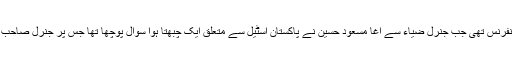
اے پی پی کے چیف رپورٹر عذیر احمد ان کے ساتھ والی نشست پر بیٹھے تھے اور یہی وہ پریس کانفرنس تھی جب جنرل ضیاء سے آغا مسعود حسین نے پاکستان اسٹیل سے متعلق ایک چبھتا ہوا سوال پوچھا تھا جس پر جنرل صاحب نے انھیں مخاطب کرتے ہوئے کہا کہ ’’میں جانتا ہوں تمہارے دماغ میں کون سا کیڑا کلبلا رہا ہے۔